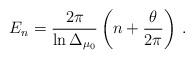
LaTeX: \begin{align*}E_{n}=\frac{2\pi}{\ln\Delta_{\mu_{0}}}\left( n+\frac{\theta}{2\pi}\right) \,. \end{align*}